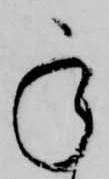
承